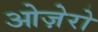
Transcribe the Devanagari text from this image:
ओज़ेरो